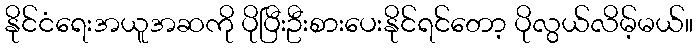
နိုင်ငံရေးအယူအဆကို ပိုပြီးဦးစားပေးနိုင်ရင်တော့ ပိုလွယ်လိမ့်မယ်။